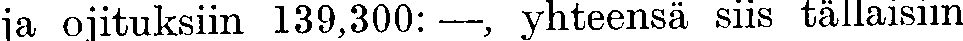
ja ojituksiin 139,300: —, yhteensä siis tällaisiin